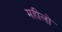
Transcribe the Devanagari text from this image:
महीलों